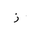
Letter: _zay